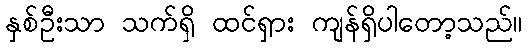
နှစ်ဦးသာ သက်ရှိ ထင်ရှား ကျန်ရှိပါတော့သည်။